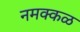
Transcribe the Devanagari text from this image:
नमक्कळ